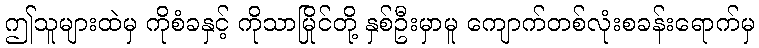
ဤသူများထဲမှ ကိုစံခနှင့် ကိုသာမြိုင်တို့ နှစ်ဦးမှာမူ ကျောက်တစ်လုံးစခန်းရောက်မှ